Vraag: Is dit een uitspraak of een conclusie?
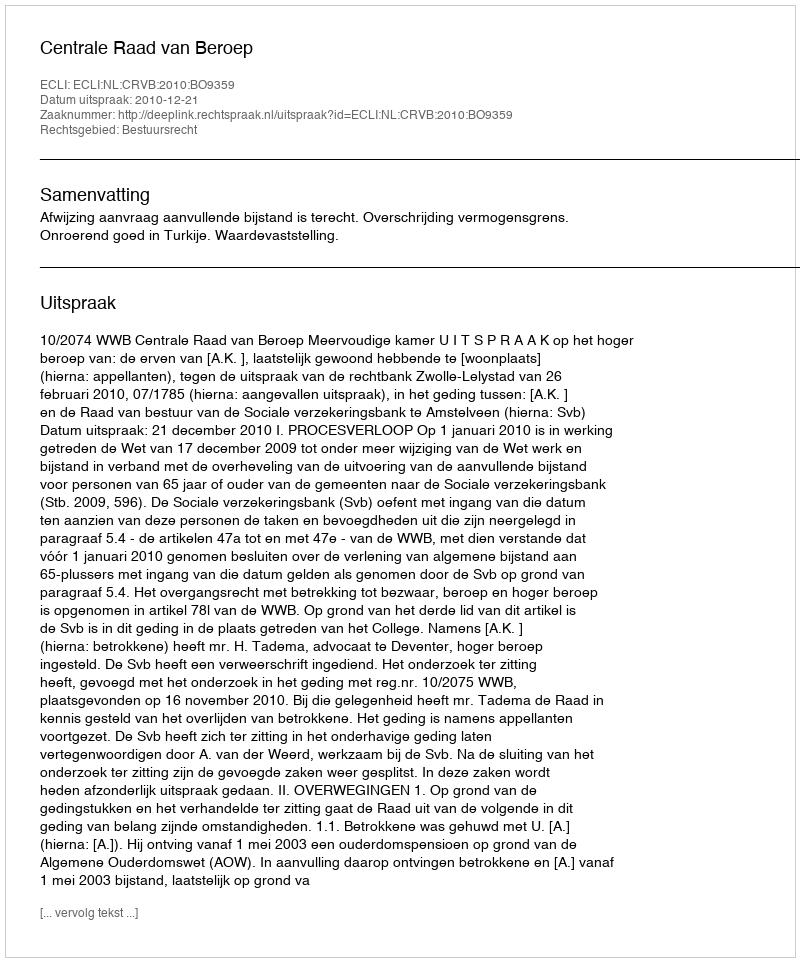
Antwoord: Uitspraak